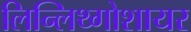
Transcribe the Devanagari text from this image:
लिन्लिथ्गोशायर